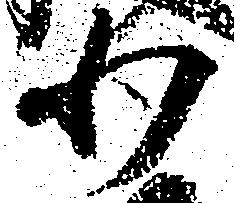
少